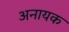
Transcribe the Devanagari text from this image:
अनायक